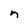
Character: n